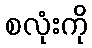
စလုံးကို